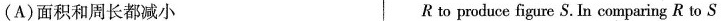
(A)面积和周长都减小 R to produce figure S. In comparing R to S